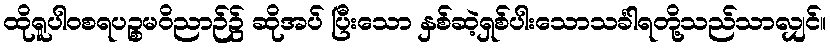
ထိုရူပါဝစရပဉ္စမဝိညာဉ်၌ ဆိုအပ် ပြီးသော နှစ်ဆဲ့ရှစ်ပါးသောသင်္ခါရတို့သည်သာလျှင်။